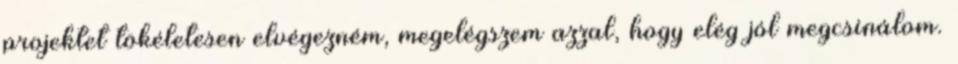
projektet tökéletesen elvégezném, megelégszem azzal, hogy elég jól megcsinálom.